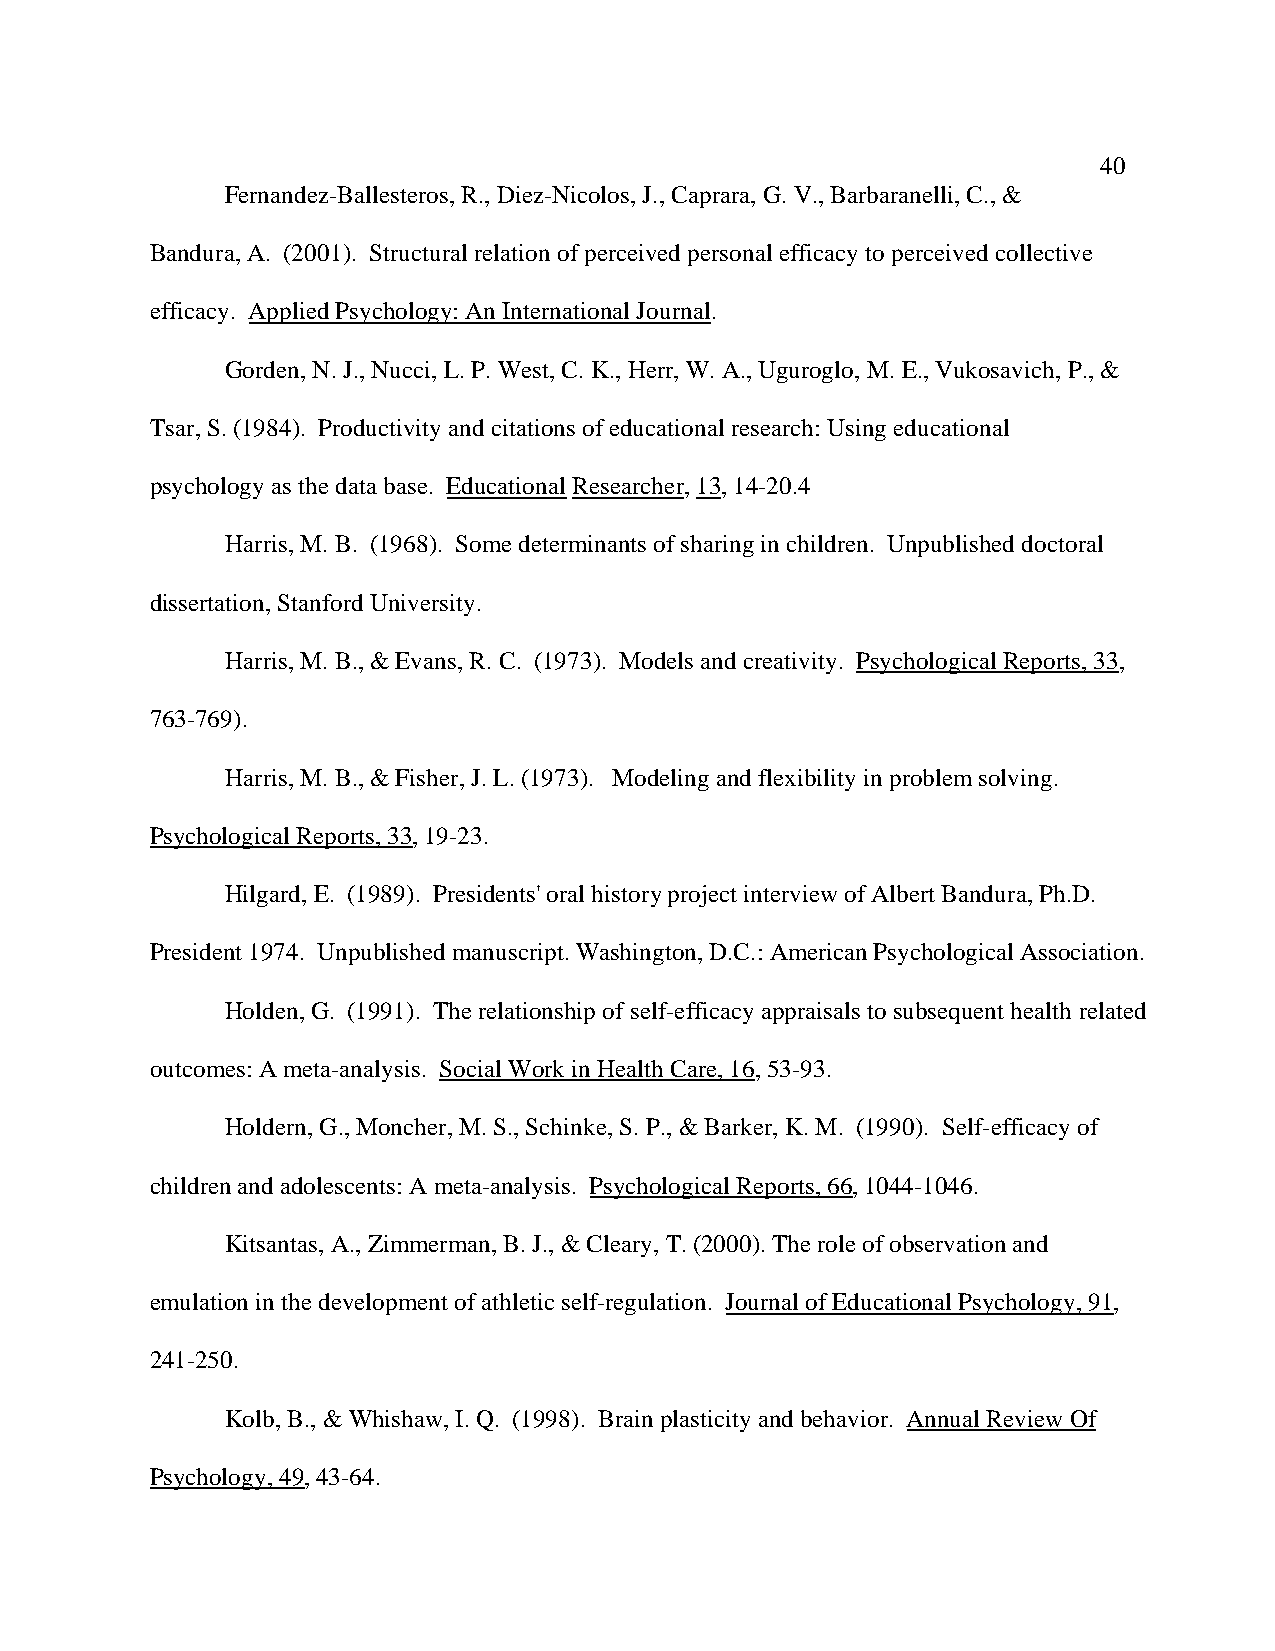
40
 Fernandez-Ballesteros, R., Diez-Nicolos, J., Caprara, G. V., Barbaranelli, C., &
 Bandura, A. (2001). Structural relation of perceived personal efficacy to perceived collective
 efficacy. Applied Psychology: An International Journal.
 Gorden, N. J., Nucci, L. P. West, C. K., Herr, W. A., Uguroglo, M. E., Vukosavich, P., &
 Tsar, S. (1984). Productivity and citations of educational research: Using educational
 psychology as the data base. Educational Researcher, 13, 14-20.4
 Harris, M. B. (1968). Some determinants of sharing in children. Unpublished doctoral
 dissertation, Stanford University.
 Harris, M. B., & Evans, R. C. (1973). Models and creativity. Psychological Reports, 33,
 763-769).
 Harris, M. B., & Fisher, J. L. (1973). Modeling and flexibility in problem solving.
 Psychological Reports, 33, 19-23.
 Hilgard, E. (1989). Presidents' oral history project interview of Albert Bandura, Ph.D.
 President 1974. Unpublished manuscript. Washington, D.C.: American Psychological Association.
 Holden, G. (1991). The relationship of self-efficacy appraisals to subsequent health related
 outcomes: A meta-analysis. Social Work in Health Care, 16, 53-93.
 Holdern, G., Moncher, M. S., Schinke, S. P., & Barker, K. M. (1990). Self-efficacy of
 children and adolescents: A meta-analysis. Psychological Reports, 66, 1044-1046.
 Kitsantas, A., Zimmerman, B. J., & Cleary, T. (2000). The role of observation and
 emulation in the development of athletic self-regulation. Journal of Educational Psychology, 91,
 241-250.
 Kolb, B., & Whishaw, I. Q. (1998). Brain plasticity and behavior. Annual Review Of
 Psychology, 49, 43-64.